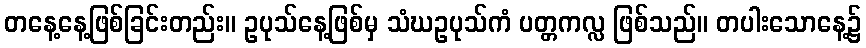
တနေ့နေ့ဖြစ်ခြင်းတည်း။ ဥပုသ်နေ့ဖြစ်မှ သံဃဥပုသ်ကံ ပတ္တကလ္လ ဖြစ်သည်။ တပါးသောနေ့၌